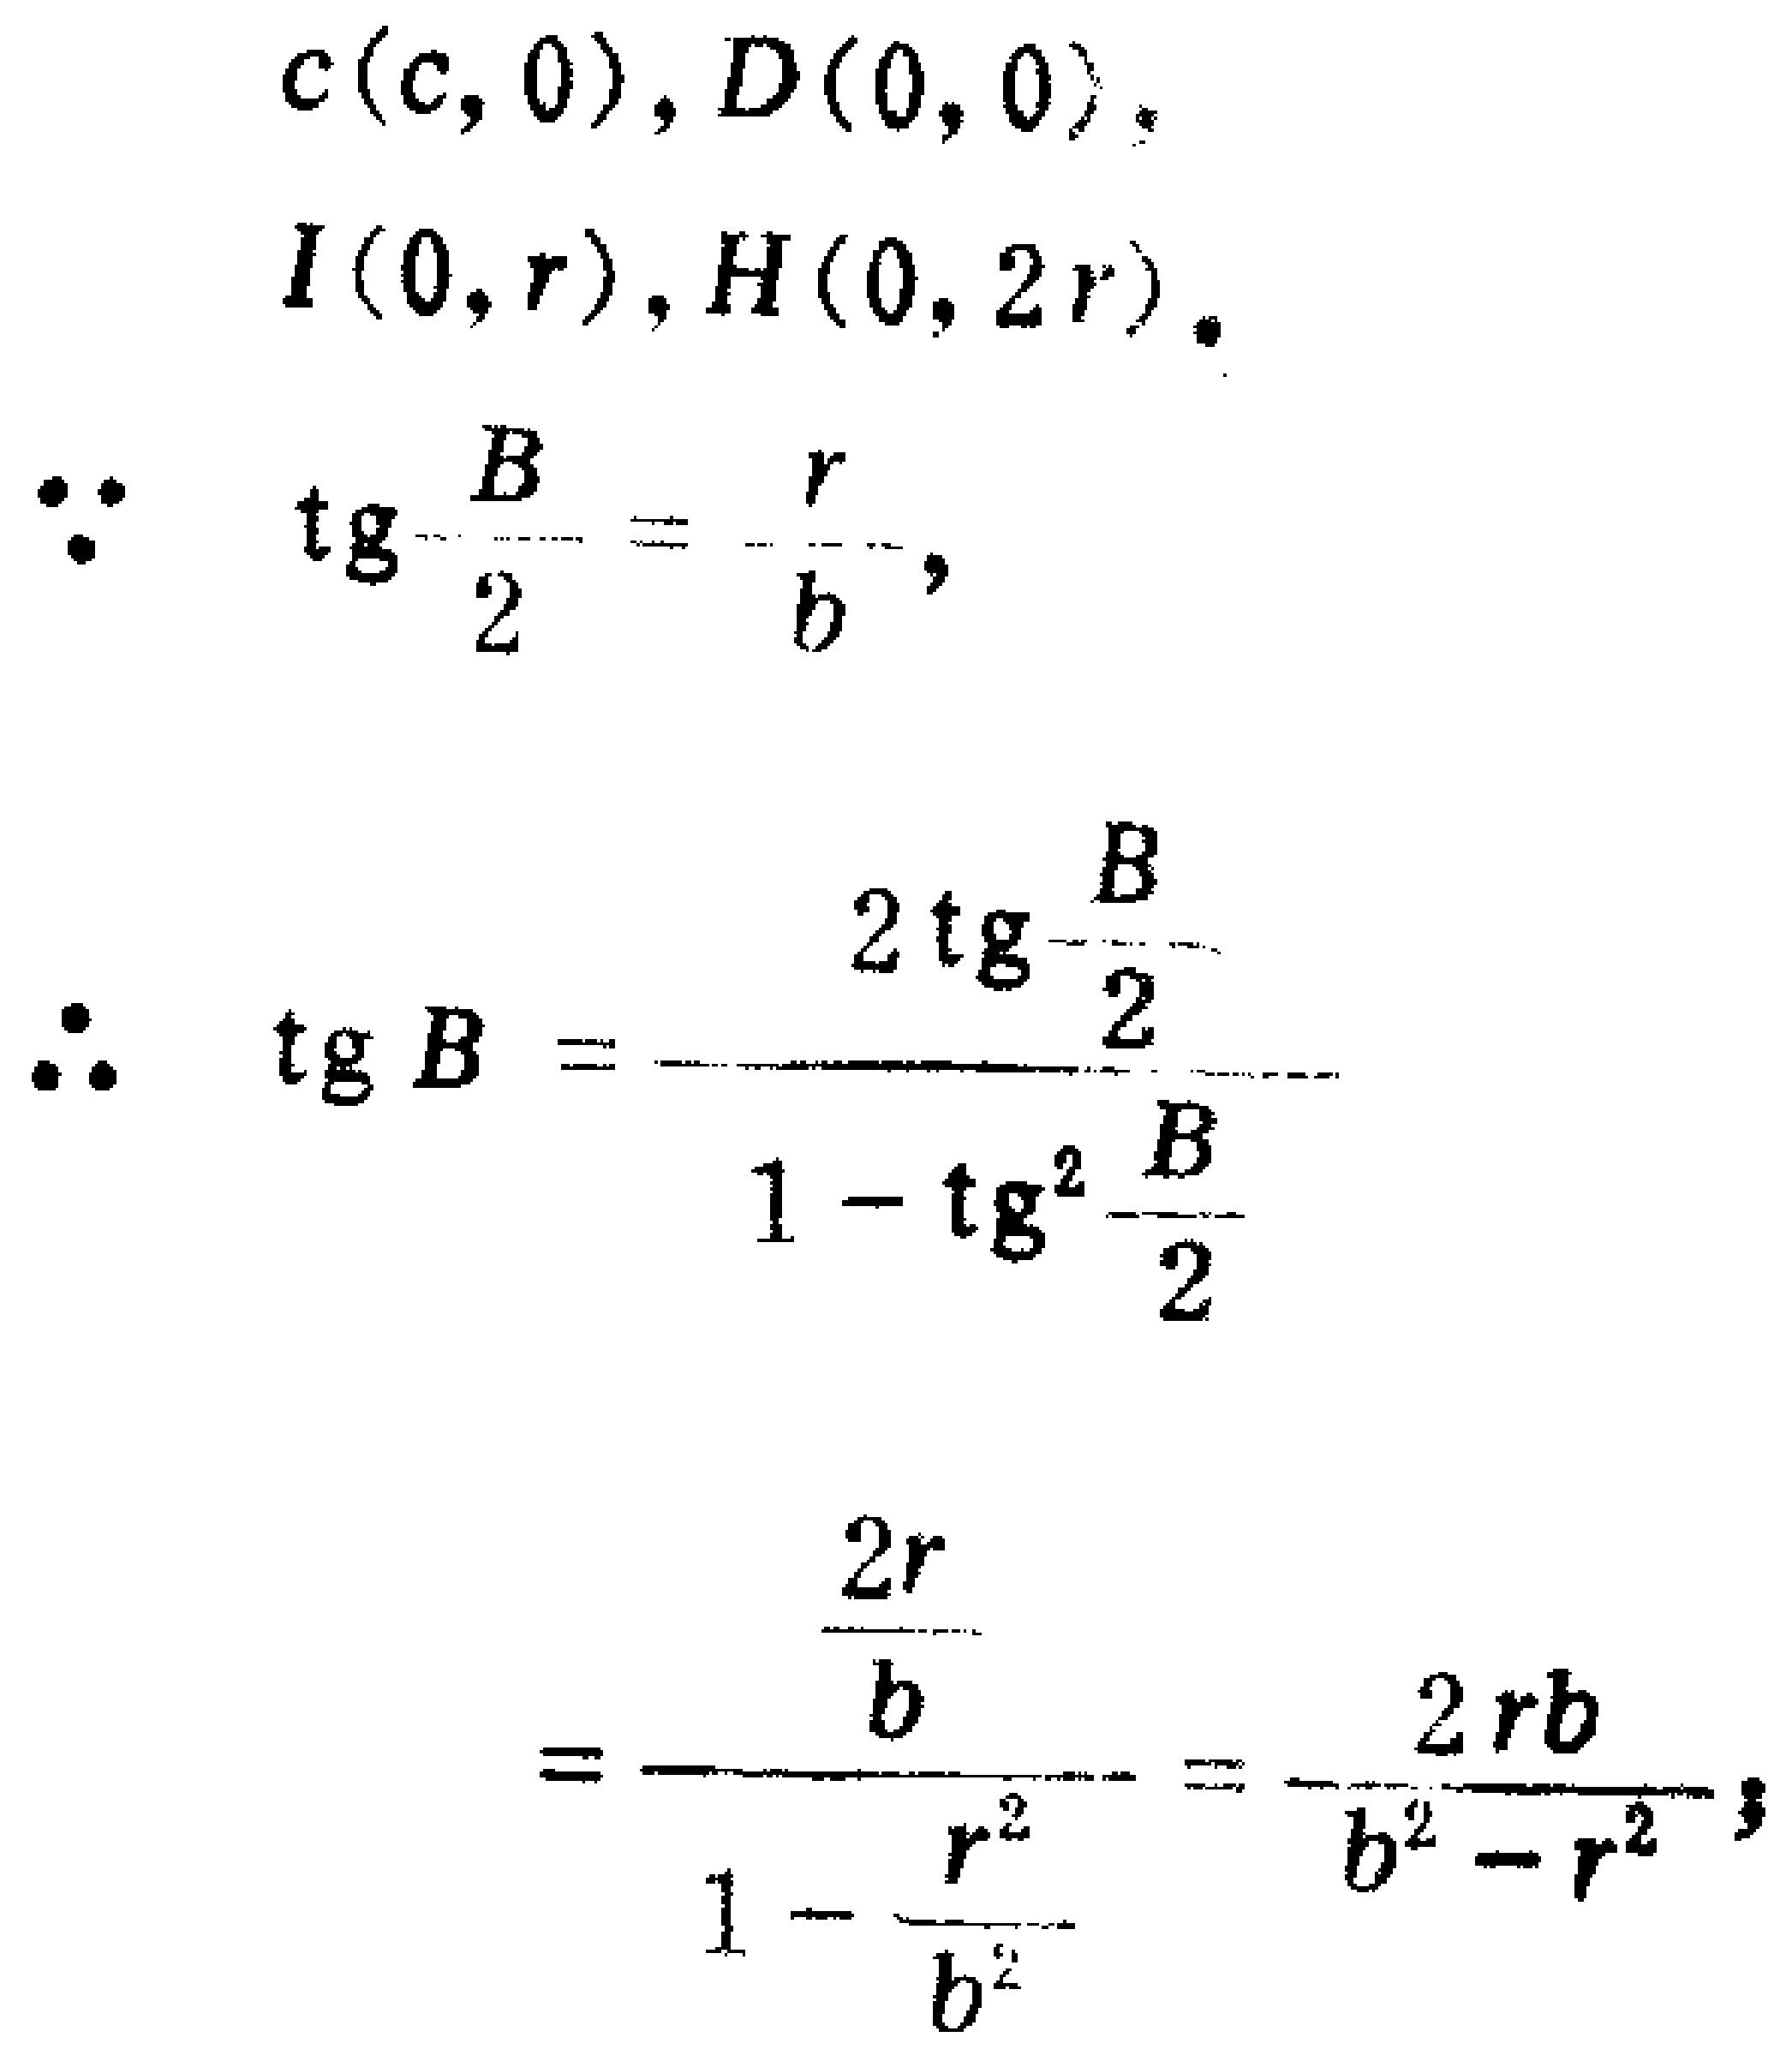
\[
\begin{align*}
&c(c,0),D(0,0),\\
&I(0,r),H(0,2r).\\
\because\ &\tg\frac{B}{2}=\frac{r}{b},\\
\therefore\ &\tg B=\frac{2\tg\frac{B}{2}}{1 - \tg^{2}\frac{B}{2}}\\
&=\frac{\frac{2r}{b}}{1-\frac{r^{2}}{b^{2}}}=\frac{2rb}{b^{2}-r^{2}}.
\end{align*}
\]